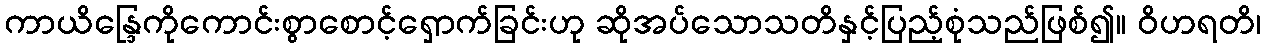
ကာယိန္ဒြေကိုကောင်းစွာစောင့်ရှောက်ခြင်းဟု ဆိုအပ်သောသတိနှင့်ပြည့်စုံသည်ဖြစ်၍။ ဝိဟရတိ၊